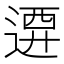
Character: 𨔰